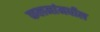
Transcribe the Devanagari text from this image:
कलमांमधील